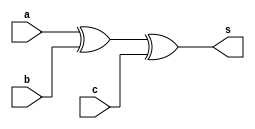
module fulladd(input a, input b,input c, output s);

assign s=a^b^c;

endmodule